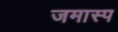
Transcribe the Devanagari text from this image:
जमास्प